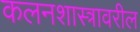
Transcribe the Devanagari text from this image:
कलनशास्त्रावरील